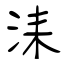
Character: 洡